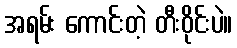
အရမ်း ကောင်းတဲ့ တီးဝိုင်းပဲ။